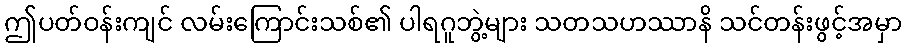
ဤပတ်ဝန်းကျင် လမ်းကြောင်းသစ်၏ ပါရဂူဘွဲ့များ သတသဟဿာနိ သင်တန်းဖွင့်အမှာ